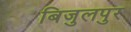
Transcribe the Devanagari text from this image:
बिजुलपुर